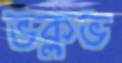
ভক্লভ